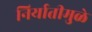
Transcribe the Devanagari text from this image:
निर्यातीमुळे